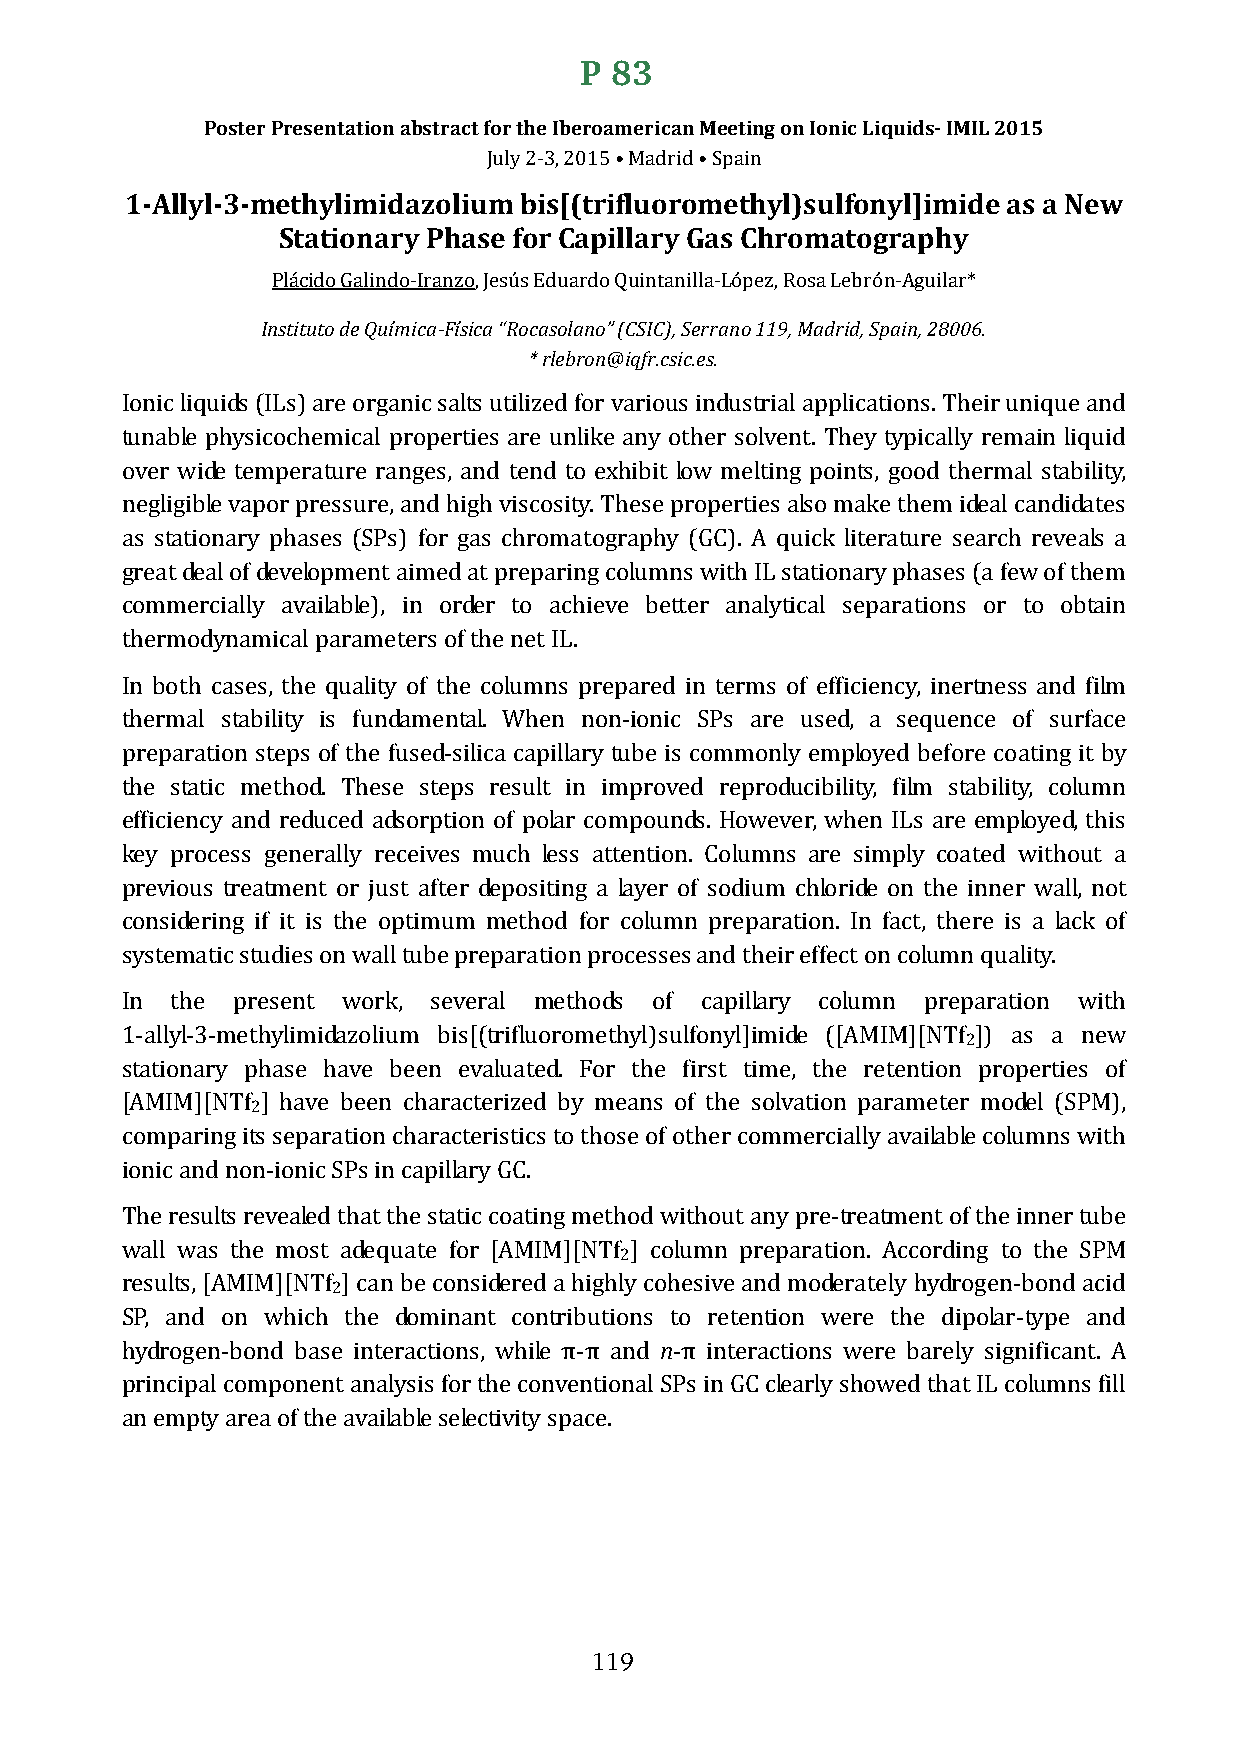
P 83
 Poster Presentation abstract for the Iberoamerican Meeting on Ionic Liquids- IMIL 2015
 1-Allyl-3-methylimidazoliuJmuly b 2-i3s, [2(0t1r5i •f lMuaodrriod •m Speatinh yl)sulfonyl]imide as a New
 Stationary Phase for Capillary Gas Chromatography
 InPsltáictuidtoo dGea lQinudímo-iIcraa-nFzísoic, aJe “sRúosc Eadsoulaarndoo” Q(CuSinICta),n Siellrar-aLnóop e1z1,9 R, oMsaad Lreidb,r Sópna-iAng, u2i8la0r0*6 .
 * rlebron@iqfr.csic.es.
 Ionic liquids (ILs) are organic salts utilized for various industrial applications. Their unique and
 tunable physicochemical properties are unlike any other solvent. They typically remain liquid
 over wide temperature ranges, and tend to exhibit low melting points, good thermal stability,
 negligible vapor pressure, and high viscosity. These properties also make them ideal candidates
 as stationary phases (SPs) for gas chromatography (GC). A quick literature search reveals a
 great deal of development aimed at preparing columns with IL stationary phases (a few of them
 commercially available), in order to achieve better analytical separations or to obtain
 thermodynamical parameters of the net IL.
 In both cases, the quality of the columns prepared in terms of efficiency, inertness and film
 thermal stability is fundamental. When non-ionic SPs are used, a sequence of surface
 preparation steps of the fused-silica capillary tube is commonly employed before coating it by
 the static method. These steps result in improved reproducibility, film stability, column
 efficiency and reduced adsorption of polar compounds. However, when ILs are employed, this
 key process generally receives much less attention. Columns are simply coated without a
 previous treatment or just after depositing a layer of sodium chloride on the inner wall, not
 considering if it is the optimum method for column preparation. In fact, there is a lack of
 systematic studies on wall tube preparation processes and their effect on column quality.
 In the present work, several methods of capillary column preparation with
 2
 1-allyl-3-methylimidazolium bis[(trifluoromethyl)sulfonyl]imide ([AMIM][NTf ]) as a new
 stationary phase have been evaluated. For the first time, the retention properties of
 2
 [AMIM][NTf ] have been characterized by means of the solvation parameter model (SPM),
 comparing its separation characteristics to those of other commercially available columns with
 ionic and non-ionic SPs in capillary GC.
 The results revealed that the static coating method without any pre-treatment of the inner tube
 2
 wall was the most adequate for [AMIM][NTf ] column preparation. According to the SPM
 2
 results, [AMIM][NTf ] can be considered a highly cohesive and moderately hydrogen-bond acid
 n
 SP, and on which the dominant contributions to retention were the dipolar-type and
 hydrogen-bond base interactions, while π-π and -π interactions were barely significant. A
 principal component analysis for the conventional SPs in GC clearly showed that IL columns fill
 an empty area of the available selectivity space.
 119